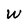
Character: w